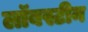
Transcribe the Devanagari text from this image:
लॉबस्टीन